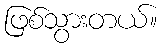
ဖြစ်သွားတယ်။